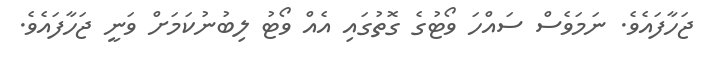
ޖަހާފައެވެ. ނަމަވެސް ސައްހަ ވޯޓުގެ ގޮތުގައި އެއް ވޯޓު ލިބުނުކަމަށް ވަނީ ޖަހާފައެވެ.